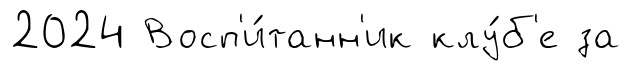
2024 Восп'и́танн'ик клу́б'е за